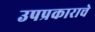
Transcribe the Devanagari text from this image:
उपप्रकाराचे